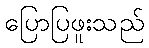
ပြောပြဖူးသည်